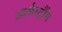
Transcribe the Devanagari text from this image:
आर्मस्ट्रौंग